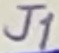
Text: J1